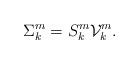
LaTeX: \begin{align*}\Sigma_k^m=S_k^m\mathcal V_{k}^m.\end{align*}